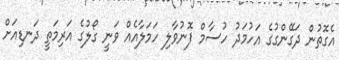
އެގޮތުން ދަގޭންގުގެ އަހުމަދު ހުސާމް ފޮނުވާލި ހަމަލާއެއް ވަނީ ގޯލުގެ އަރިމަތީ ދަނޑިއަށް